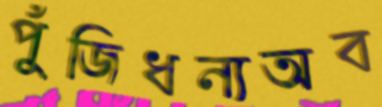
পুঁজিধন্যঅব